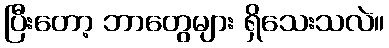
ပြီးတော့ ဘာတွေများ ရှိသေးသလဲ။